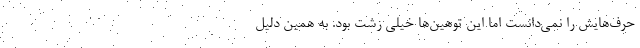
حرف‌هایش را نمی‌دانست اما این توهین‌ها خیلی زشت بود. به همین دلیل